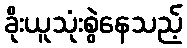
ခိုးယူသုံးစွဲနေသည့်